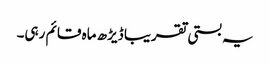
یہ بستی تقریبا ڈیڑھ ماہ قائم رہی۔